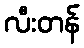
လီးတန်